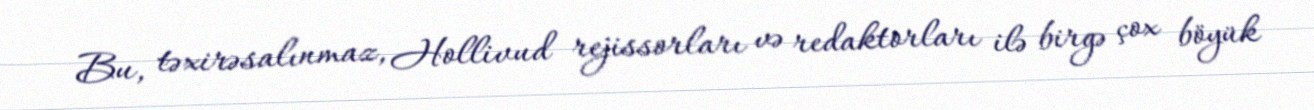
Bu, təxirəsalınmaz, Hollivud rejissorları və redaktorları ilə birgə çox böyük